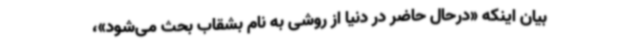
بیان اینکه «درحال حاضر در دنیا از روشی به نام بشقاب بحث می‌شود»،